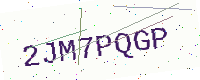
Text: 2JM7PQGP